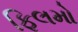
ફિલમો